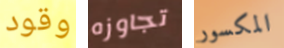
وقود تجاوزه المكسور